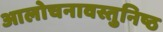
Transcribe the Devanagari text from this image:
आलोचनावस्तुनिष्ठ